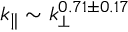
k _ { \| } \sim k _ { \perp } ^ { 0 . 7 1 \pm 0 . 1 7 }